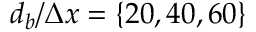
d _ { b } / \Delta x = \{ 2 0 , 4 0 , 6 0 \}